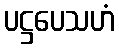
ပဋ္ဌပေသဟံ